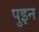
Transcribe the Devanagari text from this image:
पुइन